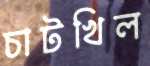
চাটখিল